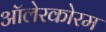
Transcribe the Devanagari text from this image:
ऑलेरकोरम